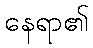
နေရာ၏